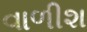
વાળીશ